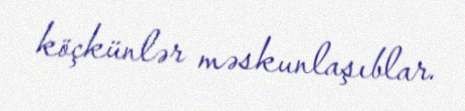
köçkünlər məskunlaşıblar.